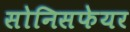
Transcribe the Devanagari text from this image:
सोनिसफेयर